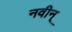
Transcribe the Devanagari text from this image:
नवीन्